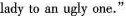
lady to an ugly one".